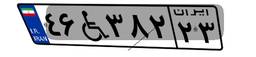
۵۴W۰۶۴۱۰